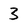
Character: 3